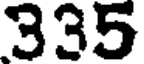
335